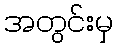
အတွင်းမှ